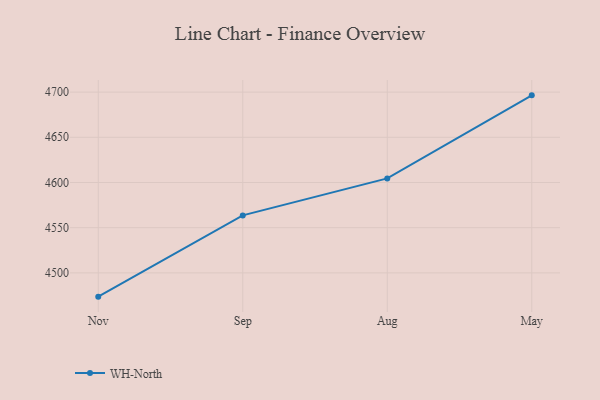
{"axis": {"x": "Month", "y": "Gross Profit (USD K)"}, "legend": ["WH-North"], "data": [{"x": "Nov", "y": 4473.7, "type": "WH-North"}, {"x": "Sep", "y": 4563.6, "type": "WH-North"}, {"x": "Aug", "y": 4604.5, "type": "WH-North"}, {"x": "May", "y": 4696.4, "type": "WH-North"}]}